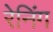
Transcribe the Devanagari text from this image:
रेनिंग